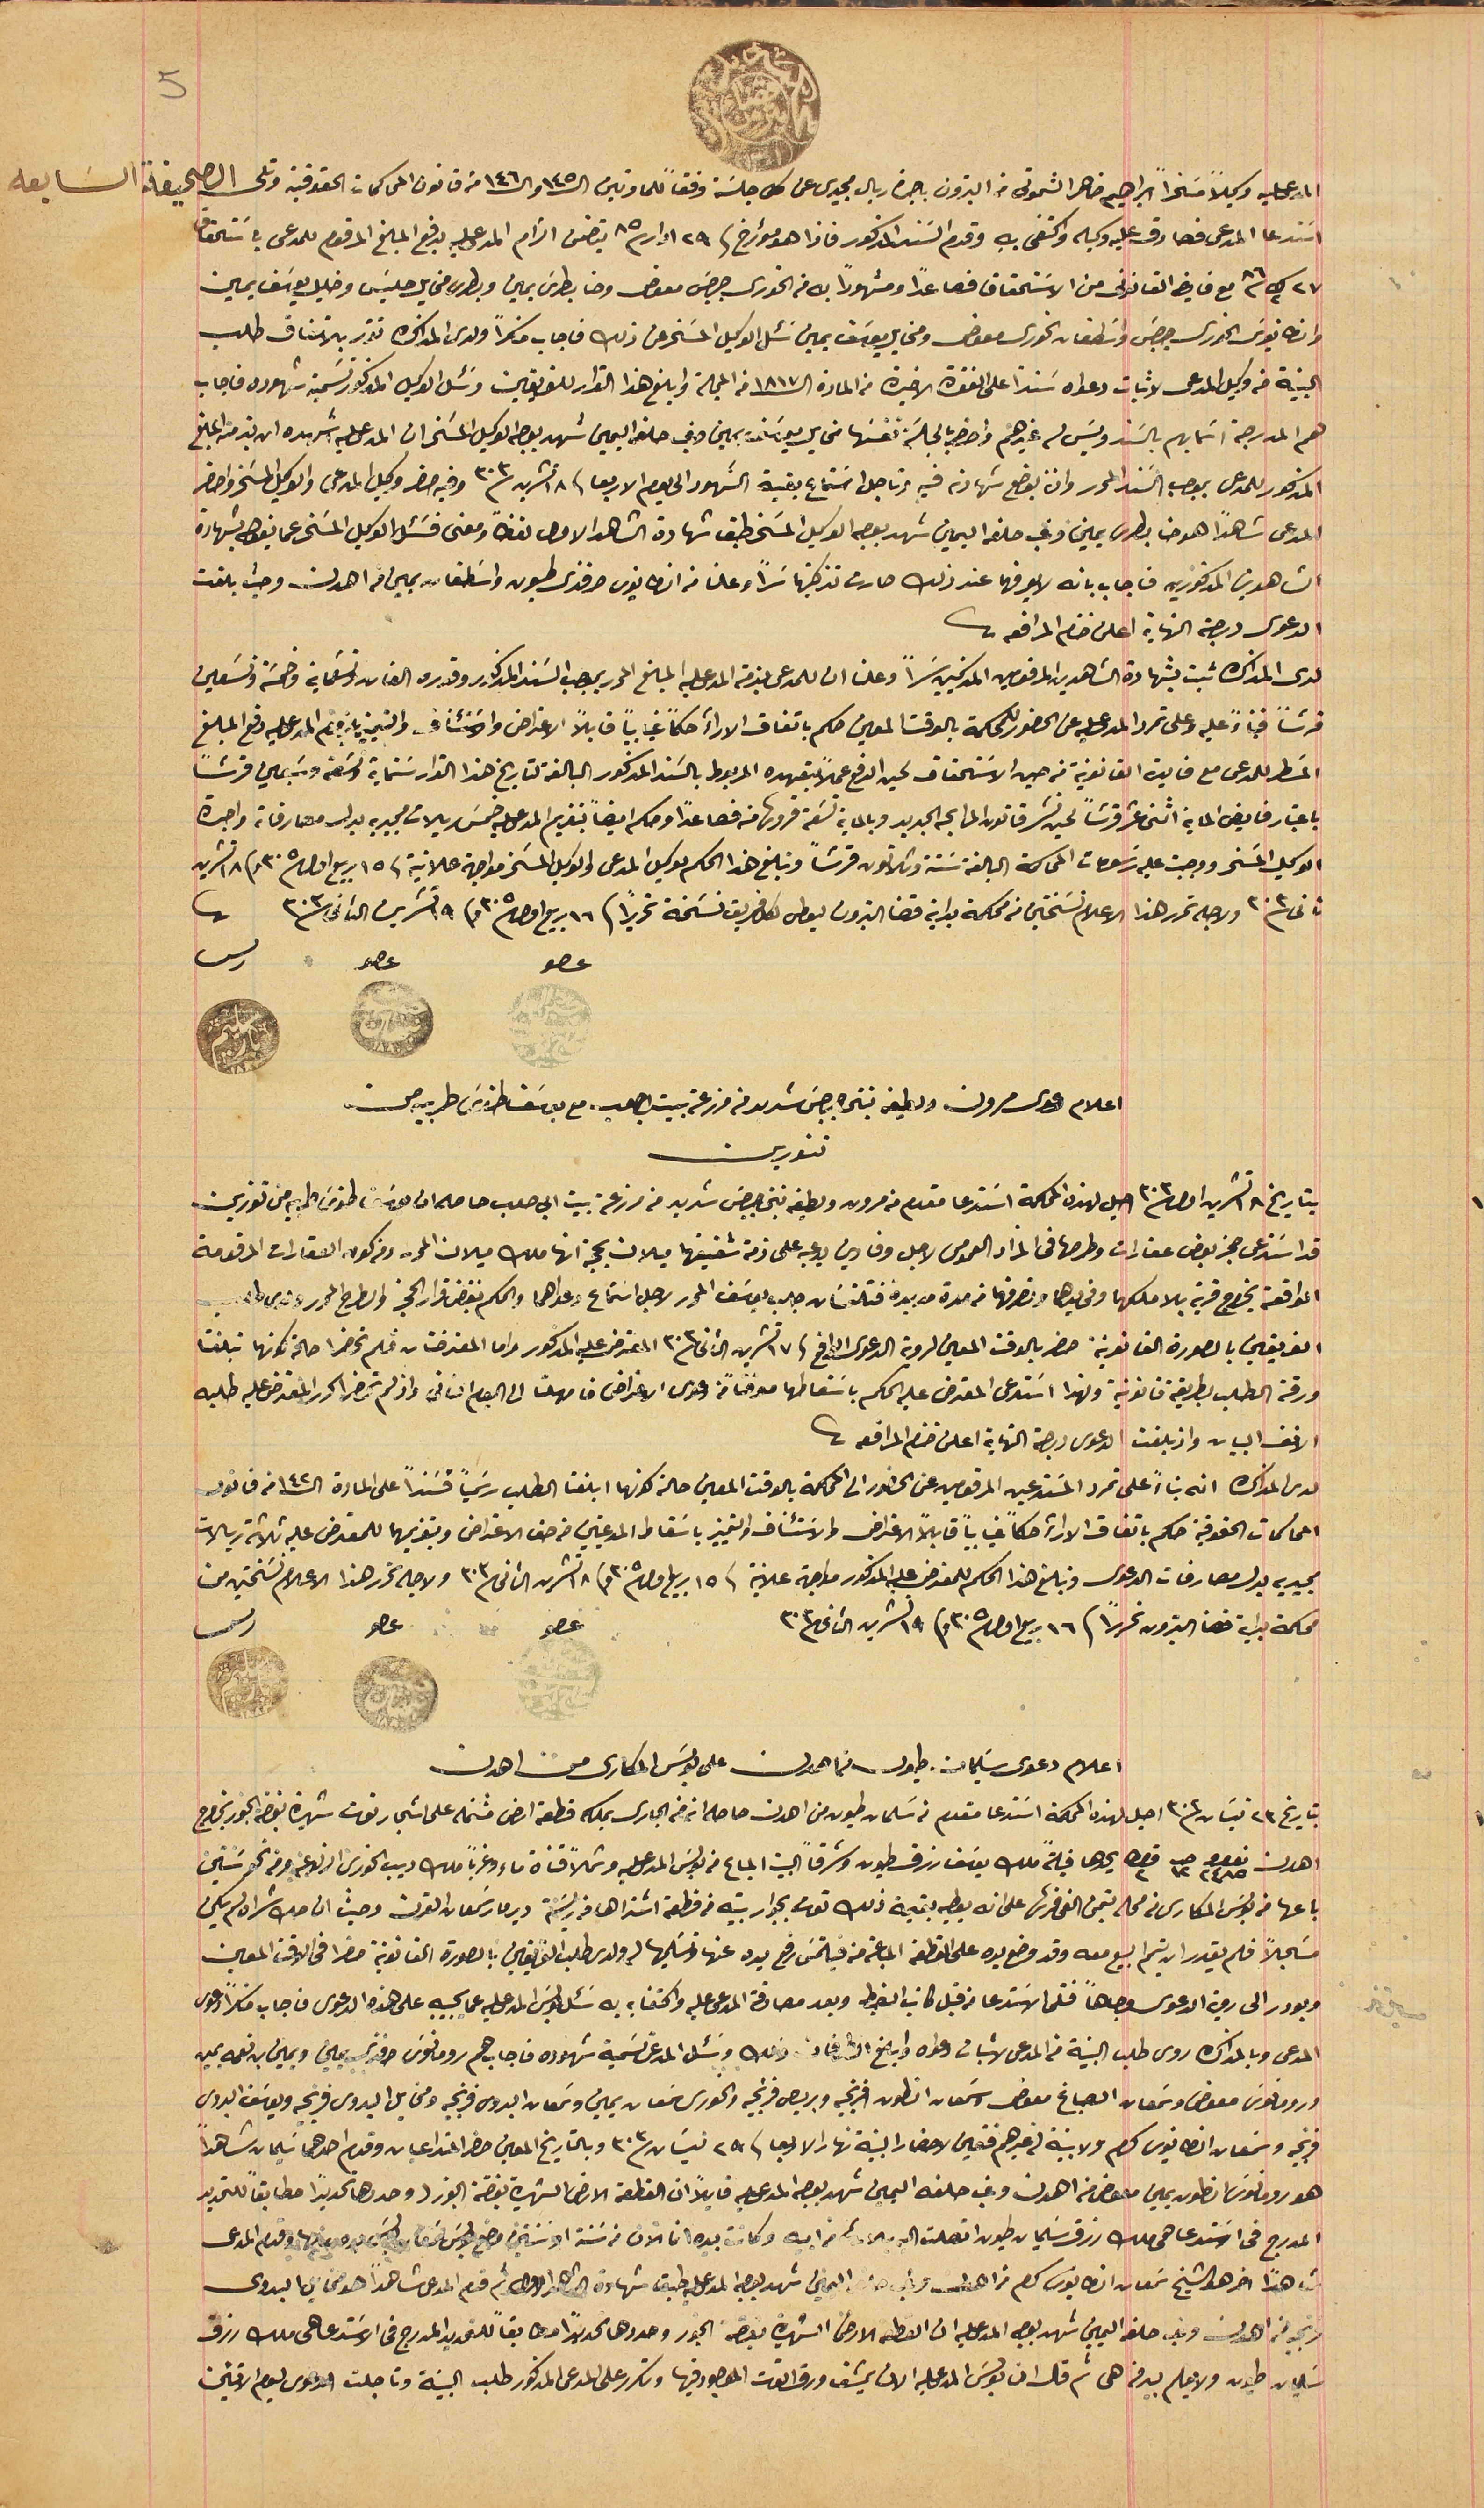
5
المدعى عليه وكيلاً مسخراً ابراهيم ضاهر الشموتى من البترون باجرة ريال مجيدى عن كل جلسَة وفقاً للمادتين ال١٤٥ وال١٤٦ من قانون المحاكمات الحقوقية وتلى الصحيفة السابعة
اسَتدعا المدعى فصادق عليه وكيله واكتفى به وقدم السَند المذكور فاذا هو مؤرخ فى ٢٩ ادار /٨٥ يتضمن الزام المدعى عليه بدفع المبلغ المرقوم للمدعى باسَتحقاق
٢٧ ك٢ /٨٦ مع فايض القانونى من الاسَتحقاق فصاعداً ومشهوراً به من الخورى جرجسَ معوض وحنا بطرسَ يمين وبطرس مخايل حليسَ وخليل يوسَف يمين
وانطانيوسَ الخوري جرجسَ واسَطفان الخورى معوض ومخايل يوسَف يمين سَئل الوكيل المسَخر عن ذلك فاجاب ناكراً ولدى المذاكره تقرر بالاتفاق طلب
البينة من وكيل المدعى لاثبات دعواه سنداً على الفقرة الاخيرة من المادة الـ١٨١٧ من المجلة وابلغ هذا القرار للفريقين وسَئل الوكيل المذكور تسمية شهوده فاجاب
هم المدرجة اسَمايهم بالسَند وليسَ له غيرهم واحضر بالجلسَة نفسَها مخايل يوسَف يمين وفي حلفه اليمين شهد بوجه الوكيل المسَخر ان المدعى عليه اشهده ان بذمته المبلغ

المذكور للمدعى بموجب السَند المحرر وان يوضع شهادته فيه وتاجل استماع بقية الشهود الى يوم الاربعا فى ١٨ تشرين سنة ٣٠٣ وفيه حضر وكيل المدعى والوكيل المسَخر واحضر

 المدعى شاهداً هو حنا بطرس يمين وغب حلفه اليمين شهد بوجه الوكيل المسَخر طبق شهادة الشاهد الاول لفظاً ومعنى فسَئل الوكيل المسَخر عما يقول بشهادة
الشاهدين المذكورين فاجاب بانه لا يعرفهما عند ذلك صارت تذكيتها سرآً وعلنا من انطانيوس افندى طيون واسَطفان يمين من اهدن وحيث بلغت
لدى المذاكرة ثبت بشهادة الشاهدين المرقومين المذكيين سراً وعلنا ان للمدعى بذمة المدعى عليه المبلغ المحرر بموجب السَند المذكور وقدره الفان وتسعماية وخمسَة وتسَعين
قرشًا فبناءً عليه وعلى تمرد المدعى عليه عن الحضور للمحكمة بالوقت المعين حكم باتفاق الارآء حكماً غيابياً قابلاً الاعتراض والاسَتئناف والتمييز بلزوم المدعى عليه دفع المبلغ
المسَطر للمدعى مع فايدة القانونية من حين الاستحقاق لحين الدفع عملاً بتعهده المربوط بالسَند المذكور البالغة لتاريخ هذا القرار سَتماية وتسَعة وسَبعين قرشًا
باعتبار فايض الماية اثنى عشر قرشاً لحين نشر قانون المرابحه الجديد وبالمابة تسَعة قروش منه فصاعداً وحكم ايضاً بتغريم المدعى عليه خمسَ ريالات مجيديه بدل مصارفات واجرة
الوكيل المسَخر ووجبت عليه رسَومات المحاكمة البالغة سَتة وثلاثون قرشاً وتبلغ هذا الحكم لوكيل المدعى والوكيل المسَخر مواجهة علانية فى ١٥ ربيع اول ٣٠٥ و١٨ تشرين
ثاني ٣٠٣ ولاجله تحرر هذا الاعلام نسَختين من محكمة بداية قضا البترون ليعطى لكل فريق نسخة تحريراً فى ١٦ ربيع اول ٣٠٥ و١٩ تشرين الثانى سنة ٣٠٣
عصو               عصو                           ريس
اعلام دعوى مرون ولطيفه بنتى جرجسَ شديد من مزرعة بيت ابي صعب مع يوسَف طنوسَ طربيه من
 تنورين
بتاريخ ١٨ تشرين اول ٣٠٣ احيل لهذه المحكمة اسَتدعا مقدم من مرون ولطيفه بنتى جرجسَ شديد من مزرعة بيت ابي صعب حاصله ان يوسَف طنوس طربيه من تنورين
قد اسَتدعى حجز بعض عقارات وطرحها فى المزاد العمومى لاجل وفا دين يدعيه على ذمة شقيقهما ميلان بحجة انها ملك ميلان المحرر ومن كون العقارات المرقومة
 الواقعة بخراج قرية بلا ملكهما وفى يدهما و تصرفهما من مدة مديدة فتلتمسَان جلب يوسَف المحرر لاجل اسَتماع دعواهما والحكم بنقض قرار الحجز والطرح المحرر ولدى طلب

الفريقين بالصورة القانونية حضر بالوقت المعين لروية الدعوى الواقع فى١٧ تشرين الثانى /٣٠٣ المعترض عليه المذكور واما المعترضتان فلم تحضرا حالة كونهما تبلغتا
ورقة الطلب بطريقة قانونية ولهذا اسَتدعى المعترض عليه الحكم باسَقاطها موقتاً من دعوى الاعتراض فامهلتا الى اليوم الثانى واذ لم تحضرا كرر المعترض عليه طلبه
 الانف البيان واذ بلغت الدعوى درجة النهاية اعلن ختم المرافعة
لدى المذكره انه بناءً على تمرد المسَتدعين المرقومين عن الحضور الى المحاكمة بالوقت المعين حالة كونهما ابلغتا الطلب رسَمياً فسنداً على المادة الـ ١٤٢ من قانون
المحاكمات الحقوقية حكم باتفاق الاراء حكماً غياباً قابلاً الاعتراض والاسَتئناف والتمييز باسَقاط المدعيين من حق الاعتراض وبتغريمها للمعترض عليه ثلاثة ريالات
 مجيديه بدل مصارفات الدعوى وتبلغ هذا الحكم للمعترض على المذكور مواجهة علانية فى ١٥ ربيع اول ٣٠٥ و ١٨ تشرين الثانى /٣٠٣ ولا جله تحرر هذا الاعلام نسَختين من
محكمة بداية البترون تحريراً فى ١٦ ربيع اول/٣٠٥ وفى ١٩ تشرين الثانى ٣٠٣                                عصو                   عصو                     رىس
اعلام دعوى سَليمان طيون من اهدن على بولسَ المكارى من اهدن
 بتاريخ ٢٤ نيسَان /٣٠٣ احيل لهذه المحكمة اسَتدعا مقدم من سَلمان طيون من اهدن حاصله انه من الجارى بملكه قطعة ارض مشتمله على اشجار توت شهيرة بغضه الجور بخراج
اهدن نومرو ٢٤٨٥ حبه١٢ قيراط ٢ يحدها قبلةً ملك يوسَف رزق طيون وشرقاً البيت المباع من بولسَ المدعى عليه وشمالاً قناة ماء وغرباً ملك ديب الخورى ارنوعه ومن نحو سَنين
باعها من بولسَ المكارى من محله بتمن الفى قرش على انه يعطيه بقيمة ذلك توت بجوار بيته من قطعة اشتراها من ريسَة دير مار سَمعان القرن وحيث ان صك شراه لم يكن
مسَجلاً فلم يقدر ان يتمم البيع معه وقد وضع يده على القطعه المباعة منه فيلتمسَ رفع يده عنها وتسَليمها له ولدى طلب الفريقين بالصورة القانونية حضرا فى الوقت المعين
 وبودر الى روية الدعوى وجاهاً فتلى الاستدعا من قبل كاتب الضبط وبعد مصادقة المدعى عليه واكتفايه به سَئل بولسَ المدعى عليه عما يجيبه على هذه الدعوى فاجاب مناكراً دعوى
المدعى وبالمذاكره روى طلب البينة من المدعى لاثبات دعواه وابلغ الطرفان ذلك وسَئل المدعى تسَمية شهوده فاجاب هم رومانوسَ افندى يمين ويمين بن نعمه يمين
ورومانوس معوض وسَمعان الصباغ معوض وسَمعان انطون فرنجيه وبريص فرنجيه والخورى سَمعان يمين وسَمعان البدوى فرنجيه ومخايل البدوى فرنجيه ويوسَف البدوى
فرنجيه وسَمعان انطانيوسَ كرم ولا بينة لغيرهم فتعين لاحضار البينة نهار الارابعا فى ٢٩ نيسَان ٣٠٣ وبالتاريخ المعين حضر المتداعيان وقدم احدهما سَليمان شاهداً
هو رومانوس انطون يمين معوض من اهدن وغب حلفه اليمين شهد بوجه المدعى عليه قايلاً ان القطعة الشهيرة بغضة الجوز وحددها تحديداً مطابقاً للتحديد
 المدرج فى اسَتدعا هى ملك رزق سَليمان طيون اتصلت اليه بلارث من ابيه وكانت بيده انما الان من سنة او سنتين قدم المدعى عليه
شاهدا اخر هو الشيخ سَمعان انطانيوس كرم من اهدن حلف اليمين شهد بوجه المدعى طبق شهادة الشاهد الاول ثم قدم المدعى شاهداً هو مخايل البدوى
 فرنجيه من اهدن وغب حلفه اليمين شهد بوجه المدعى عليه ان القطعة الارض الشهيرة بغضة الجور وحدودها تحديداً مطابقاً للتحديد المدرج فى الاستدعا ملك رزق
سَليمان طيون ولا يعلم بيد ثم قال ان بولسَ المدعى عليه الان يمشق ورق التوت الموجود فيها وتكرر على المدعى المذكور طلب البينة وتاجلت الدعوى ليوم الاثنين
الدعوى درجة النهاية اعلن ختام المرافعه